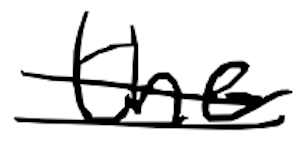
Text: the
Cross-out: double-line
Writing tool: digital_black